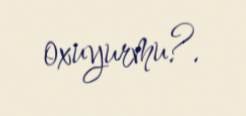
oxuyurmu?.